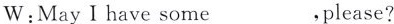
W:May I have some ___，Please?